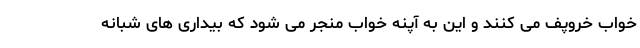
خواب خروپف می کنند و این به آپنه خواب منجر می شود که بیداری های شبانه